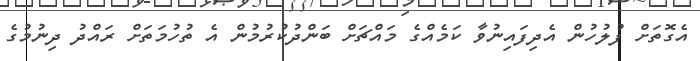
އެގޮތަށް ފުލުހުން އެދިފައިނުވާ ކަމެއްގެ މައްޗަށް ބަންދުކުރުމުން އެ ތުހުމަތަށް ރައްދު ދިނުމުގެ